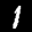
Label: 1